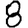
Digit: 8